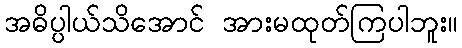
အဓိပ္ပါယ်သိအောင် အားမထုတ်ကြပါဘူး။